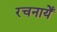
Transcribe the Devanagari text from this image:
रचनायेँ